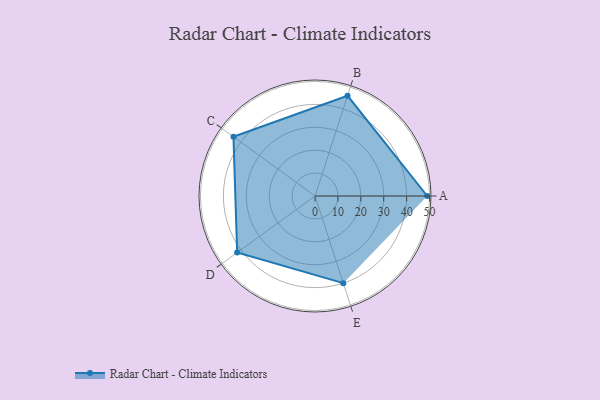
{"axis": {"x": "Skill", "y": "Score"}, "legend": ["Profile"], "data": [{"x": "A", "y": 49.0, "type": "Profile"}, {"x": "B", "y": 46.0, "type": "Profile"}, {"x": "C", "y": 44.0, "type": "Profile"}, {"x": "D", "y": 42.0, "type": "Profile"}, {"x": "E", "y": 40.0, "type": "Profile"}]}